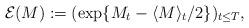
LaTeX: \begin{align*}\mathcal{E}(M):= (\exp\{M_t- \langle M \rangle_t/2\})_{t\leq T},\end{align*}